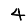
Digit: 4